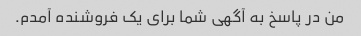
من در پاسخ به آگهی شما برای یک فروشنده آمدم.